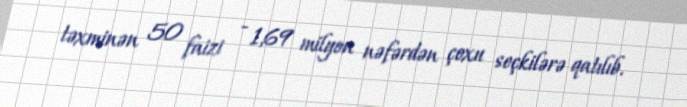
təxminən 50 faizi - 1,69 milyon nəfərdən çoxu seçkilərə qatılıb.